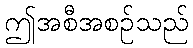
ဤအစီအစဉ်သည်